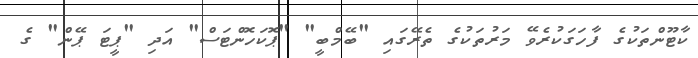
ކާޓޫންތަކުގެ ފާހަގަކުރެވޭ މަރުތަކުގެ ތެރޭގައި "ބޭމްބީ" "ޕޮކަހޮންޓަސް" އަދި "ޕީޓަ ޕޭން" ގެ